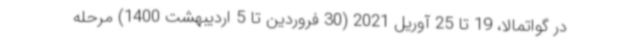
در گواتمالا، 19 تا 25 آوریل 2021 (30 فروردین تا 5 اردیبهشت 1400) مرحله